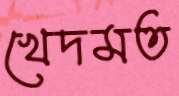
খেদমত